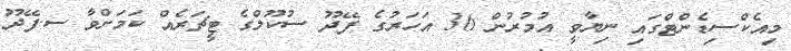
މިއެކްސިޑެންޓްގައި ނިޔާވީ އުމުރުން 36 އަހަރުގެ ފޭދޫ ސުކޫލްގެ ޓީޗަރެއް ކަމަށްވާ ސ.ފޭދޫ